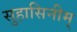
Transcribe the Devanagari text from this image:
सुहासिनीम्